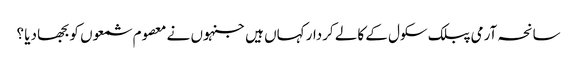
سانحہ آرمی پبلک سکول کے کالے کردار کہاں ہیں جنہوں نے معصوم شمعوں کو بجھا دیا ؟